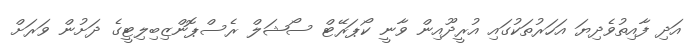
އަދި ފާއިތުވެދިޔަ އަހަރުތަކުގައި އުރީދޫއިން ވާނީ ކޯޕަރޭޓް ސޯޝަލް ރެސްޕޮންޒިބިލިޓީގެ ދަށުން ވަރަށް